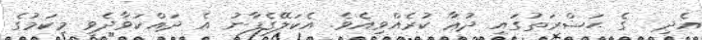
އެދި  ގެ ޙަޟްރަތުގައި ދުޢާ ކުރެއްވިއެވެ. އެކަލޭގެފާނު އެ ދައްކަވާދެވީ މިކަމުގެ